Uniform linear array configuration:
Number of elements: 24
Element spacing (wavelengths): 0.75
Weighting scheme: blackman
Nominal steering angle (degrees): -30
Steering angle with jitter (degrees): -31.095
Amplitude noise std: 0.05
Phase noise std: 0.05

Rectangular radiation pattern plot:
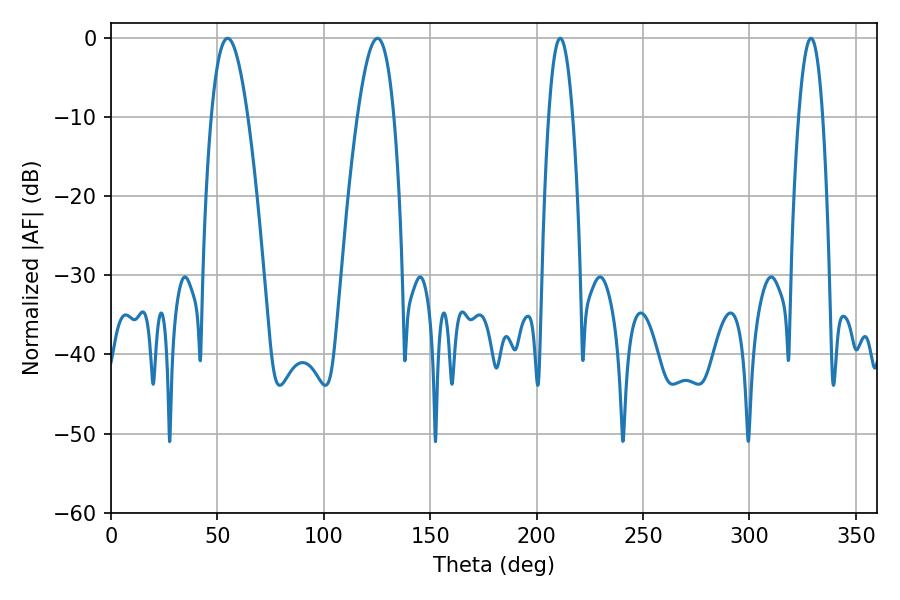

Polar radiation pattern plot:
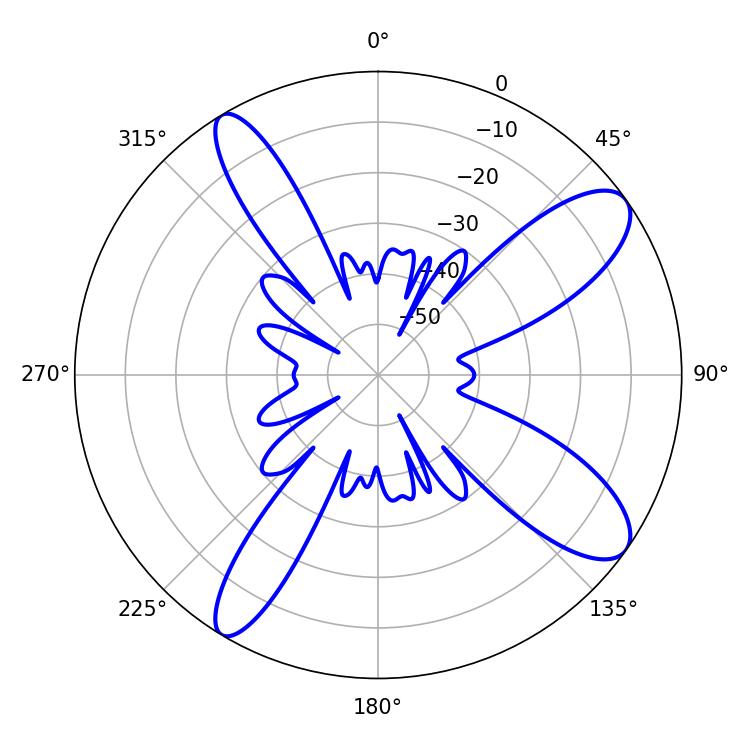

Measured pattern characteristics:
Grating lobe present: TRUE
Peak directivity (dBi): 10.744
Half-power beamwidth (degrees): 9.36
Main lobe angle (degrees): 54.72